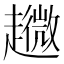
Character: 𧾘